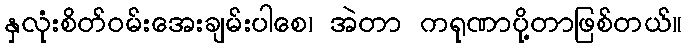
နှလုံးစိတ်ဝမ်းအေးချမ်းပါစေ၊ အဲတာ ကရုဏာပို့တာဖြစ်တယ်။